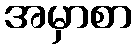
အမှာစာ